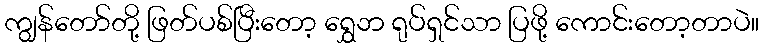
ကျွန်တော်တို့ ဖြတ်ပစ်ပြီးတော့ ရွှေဘ ရုပ်ရှင်သာ ပြဖို့ ကောင်းတော့တာပဲ။